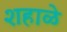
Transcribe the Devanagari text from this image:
शहाळे